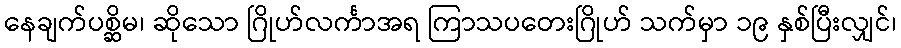
နေချက်ပစ္ဆိမ၊ ဆိုသော ဂြိုဟ်လင်္ကာအရ ကြာသပတေးဂြိုဟ် သက်မှာ ၁၉ နှစ်ပြီးလျှင်၊